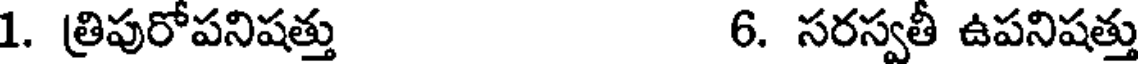
1. త్రిపురోపనిషత్తు 6. సరస్వతీ ఉపనిషత్తు